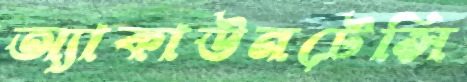
অ্যাকাউনটেন্সি